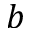
b